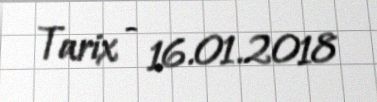
Tarix - 16.01.2018